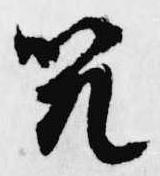
咒